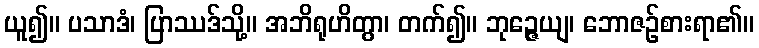
ယူ၍။ ပသာဒံ၊ ပြာဿဒ်သို့။ အဘိရုဟိတွာ၊ တက်၍။ ဘုဉ္ဇေယျ၊ ဘောဇဉ်စားရာ၏။